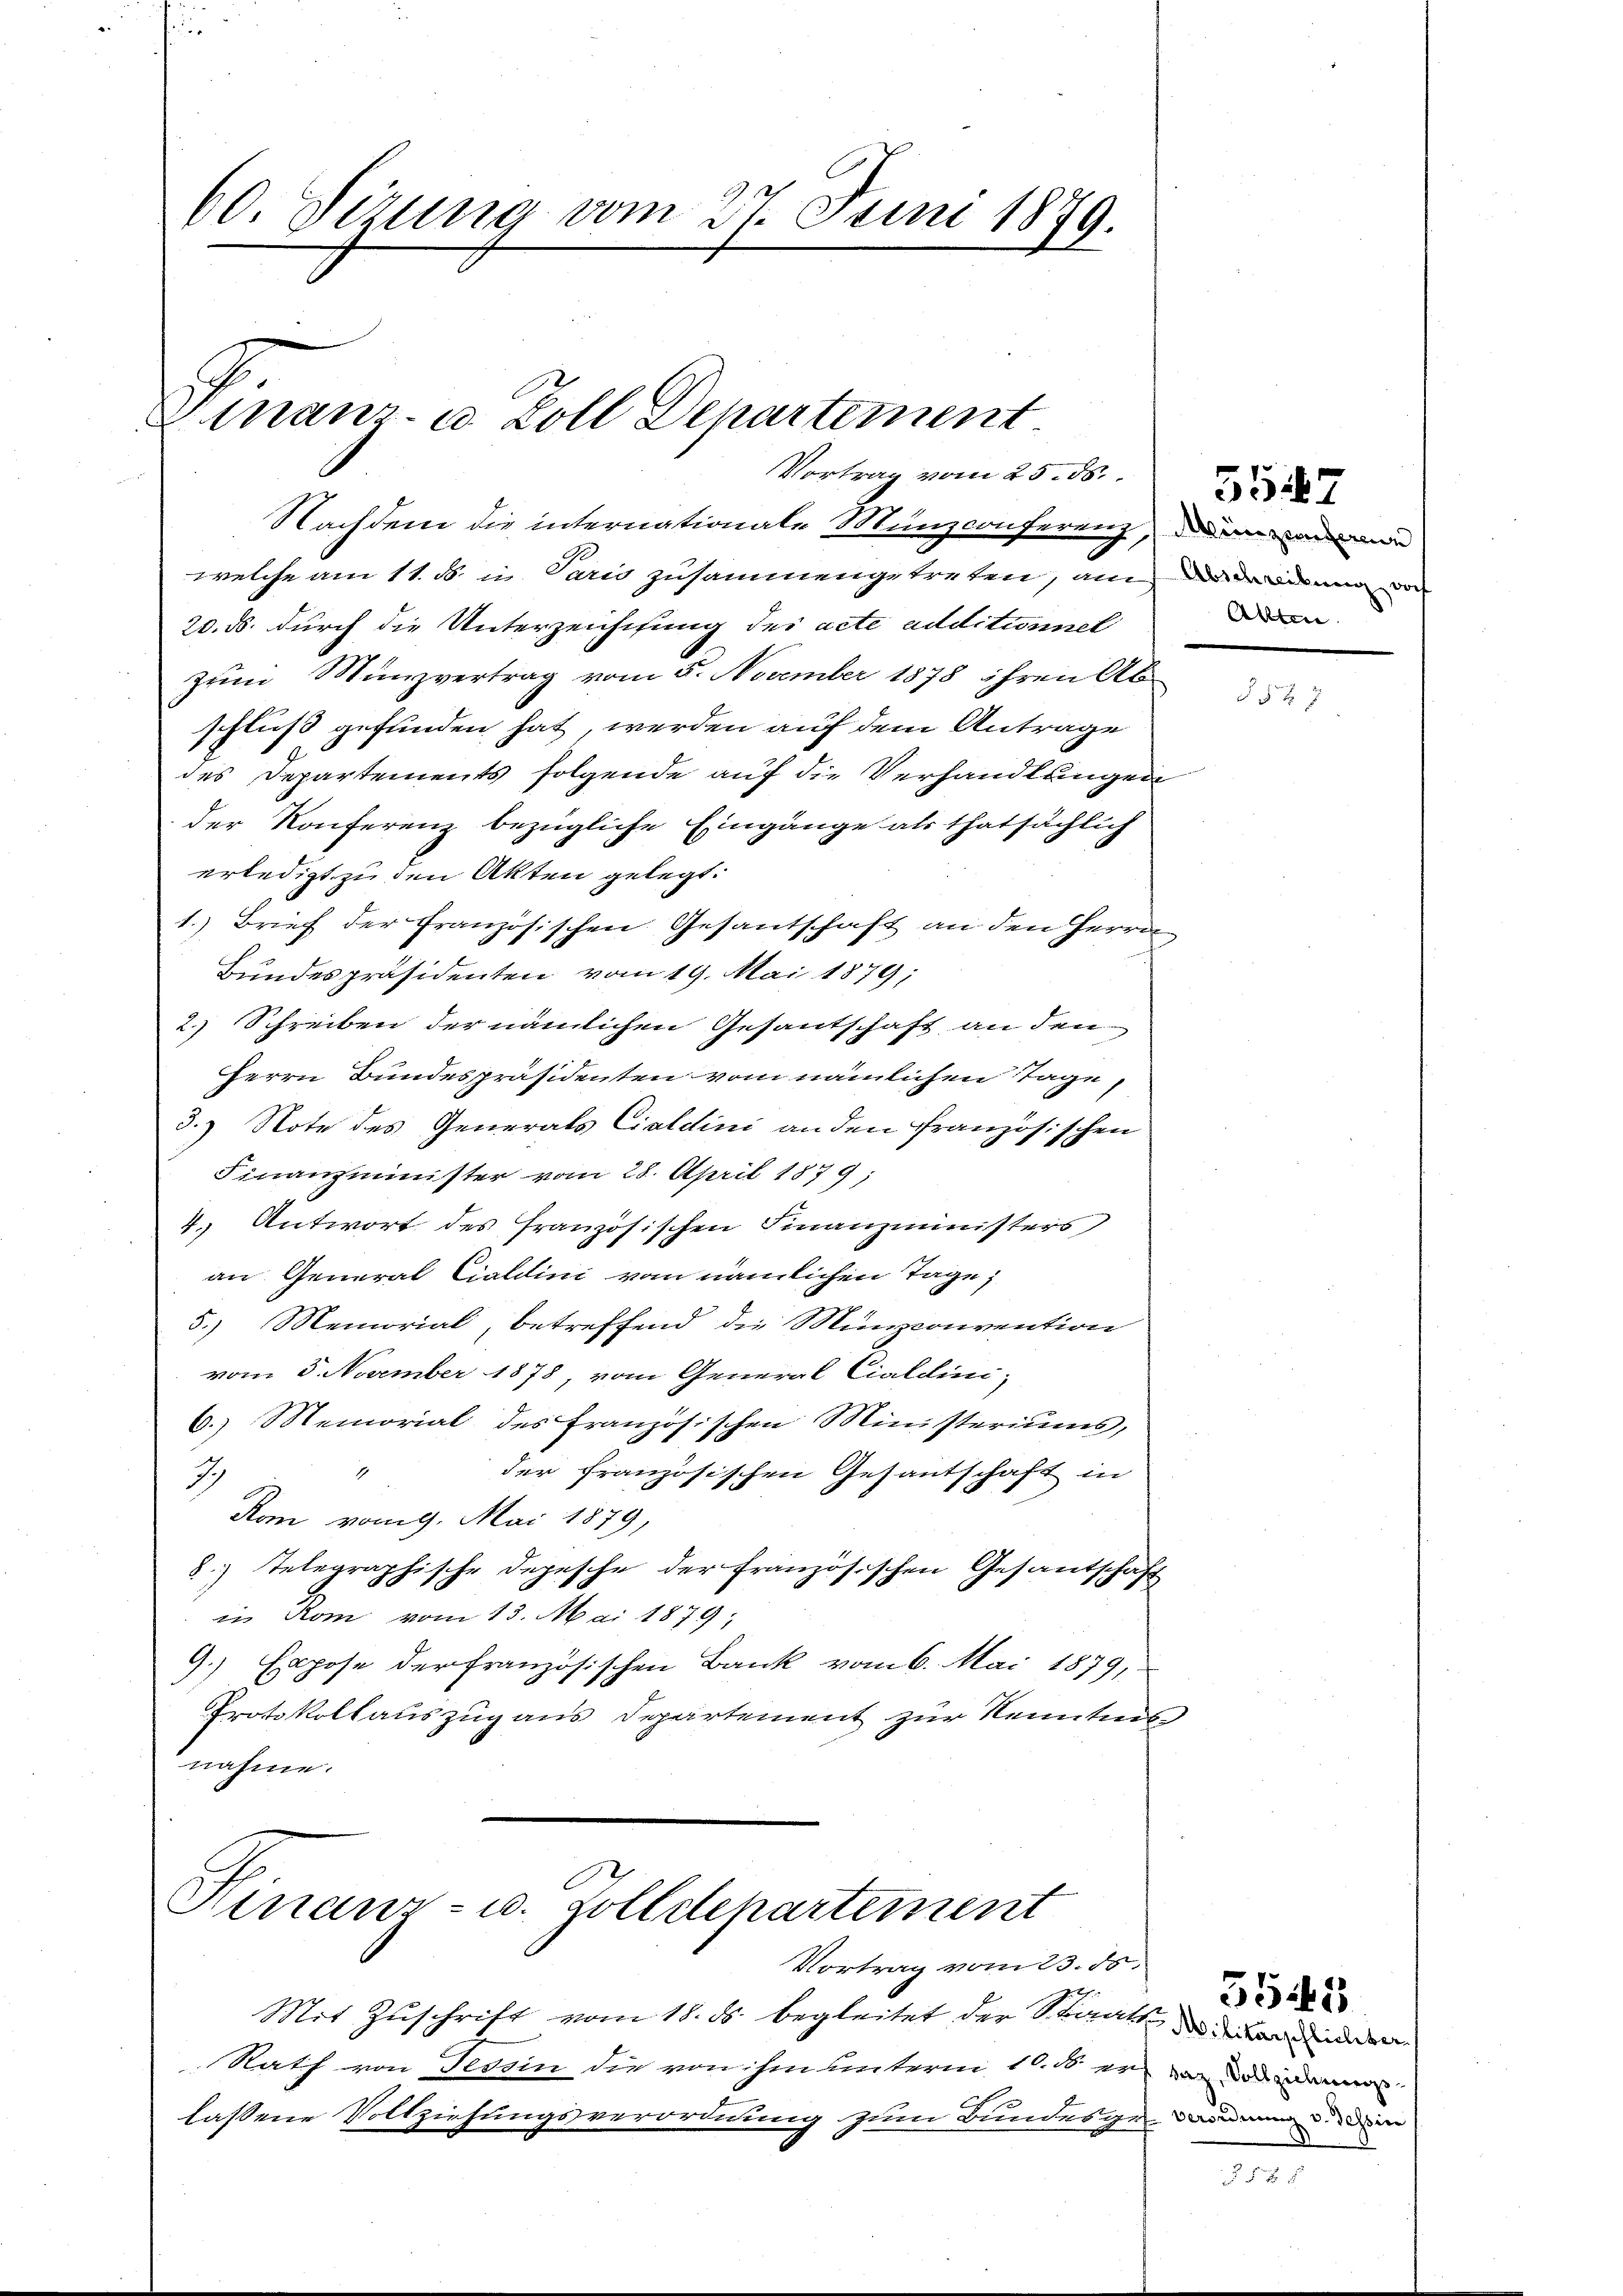
60. Sizung vom 27. Juni 1879.

Finanz- u. Zoll Departement
Vortrag vom 25. ds.

Nachdem die internationale Munzconferenz, dedenen
welche am 11. d. in Paris zusammengetreten, an in denen von
20. ds. durch die Unterzeichtung des acte additionnel
zum Münzvertrag vom 5. November 1878 ihren Ab-
schluß gefunden hat, werden auf dem Antrage
des Departements folgende auf die Verhandlungen
der Konferenz bezügliche Eingänge als thatsächlich
erledigt zu den Akten gelegt:
1. Brief der französischen Gesantschaft an den Herrn
Bundespräsidenten vom 19. Mai 1879;
2. Schreiben der nämlichen Gesantschaft an den
Herrn Bundespräsidenten vom nämlichen Tage,
3.) Note des Generals Cialdini an den französischen
Finanzminister vom 28. April 1879;
4. Antwort des französischen Finanzministers,
an General Cialdini vom nämlichen Tage,
5.) Memorial, betreffend die Münzconvention
vom 5. November 1878, vom General Cialdini,
6.) Memorial des französischen Ministeriums,
der französischen Gesantschaft in
1
I
Rom vom 9. Mai 1879,
8) Telegraphische Depesche der französischen Gesantschaft
in Rom vom 13. Mai 1879
9.) Expose der französischen Bank vom 6. Mai 1879,
Protokollauszug aus Departement zur Kenntnis
nahme.

Hinaur- u. Zollschartement

Vortrag vom 23. ds.
Mit Zuschrift vom 18. ds. begleitet der Staats, der andenden
Rath von Tessin die von ihm unterm 16. d. er vor das dem
lassene Vollziehungsverordnung zum Bundesgerodann die

Altten

557

35445